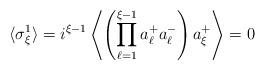
LaTeX: \begin{align*} \langle \sigma_{\xi}^1 \rangle = i^{\xi -1} \left\langle \left( \prod_{\ell = 1}^{\xi -1} a_{\ell}^+ a_{\ell}^- \right) a_{\xi}^+ \right\rangle =0 \end{align*}